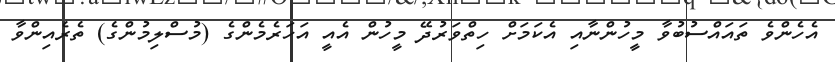
އެހެންވެ ތައައްސުބުވާ މީހުންނާއި އެކަމަށް ހިތްވަރުދޭ މީހުން އެއީ އަހަރެމެންގެ (މުސްލިމުންގެ) ތެރެއިންވާ